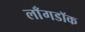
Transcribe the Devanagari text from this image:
लाँगडॉक